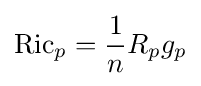
\operatorname {Ric} _{p}={\frac {1}{n}}R_{p}g_{p}